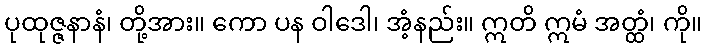
ပုထုဇ္ဇနာနံ၊ တို့အား။ ကော ပန ဝါဒေါ၊ အံ့နည်း။ ဣတိ ဣမံ အတ္ထံ၊ ကို။